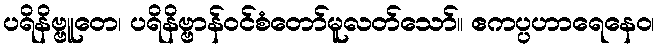
ပရိနိဗ္ဗူတေ၊ ပရိနိဗ္ဗာန်ဝင်စံတော်မူလတ်သော်။ ဧကပ္ပဟာရေနေဝ၊